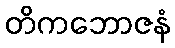
တိကဘောဇနံ